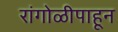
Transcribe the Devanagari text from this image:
रांगोळीपाहून